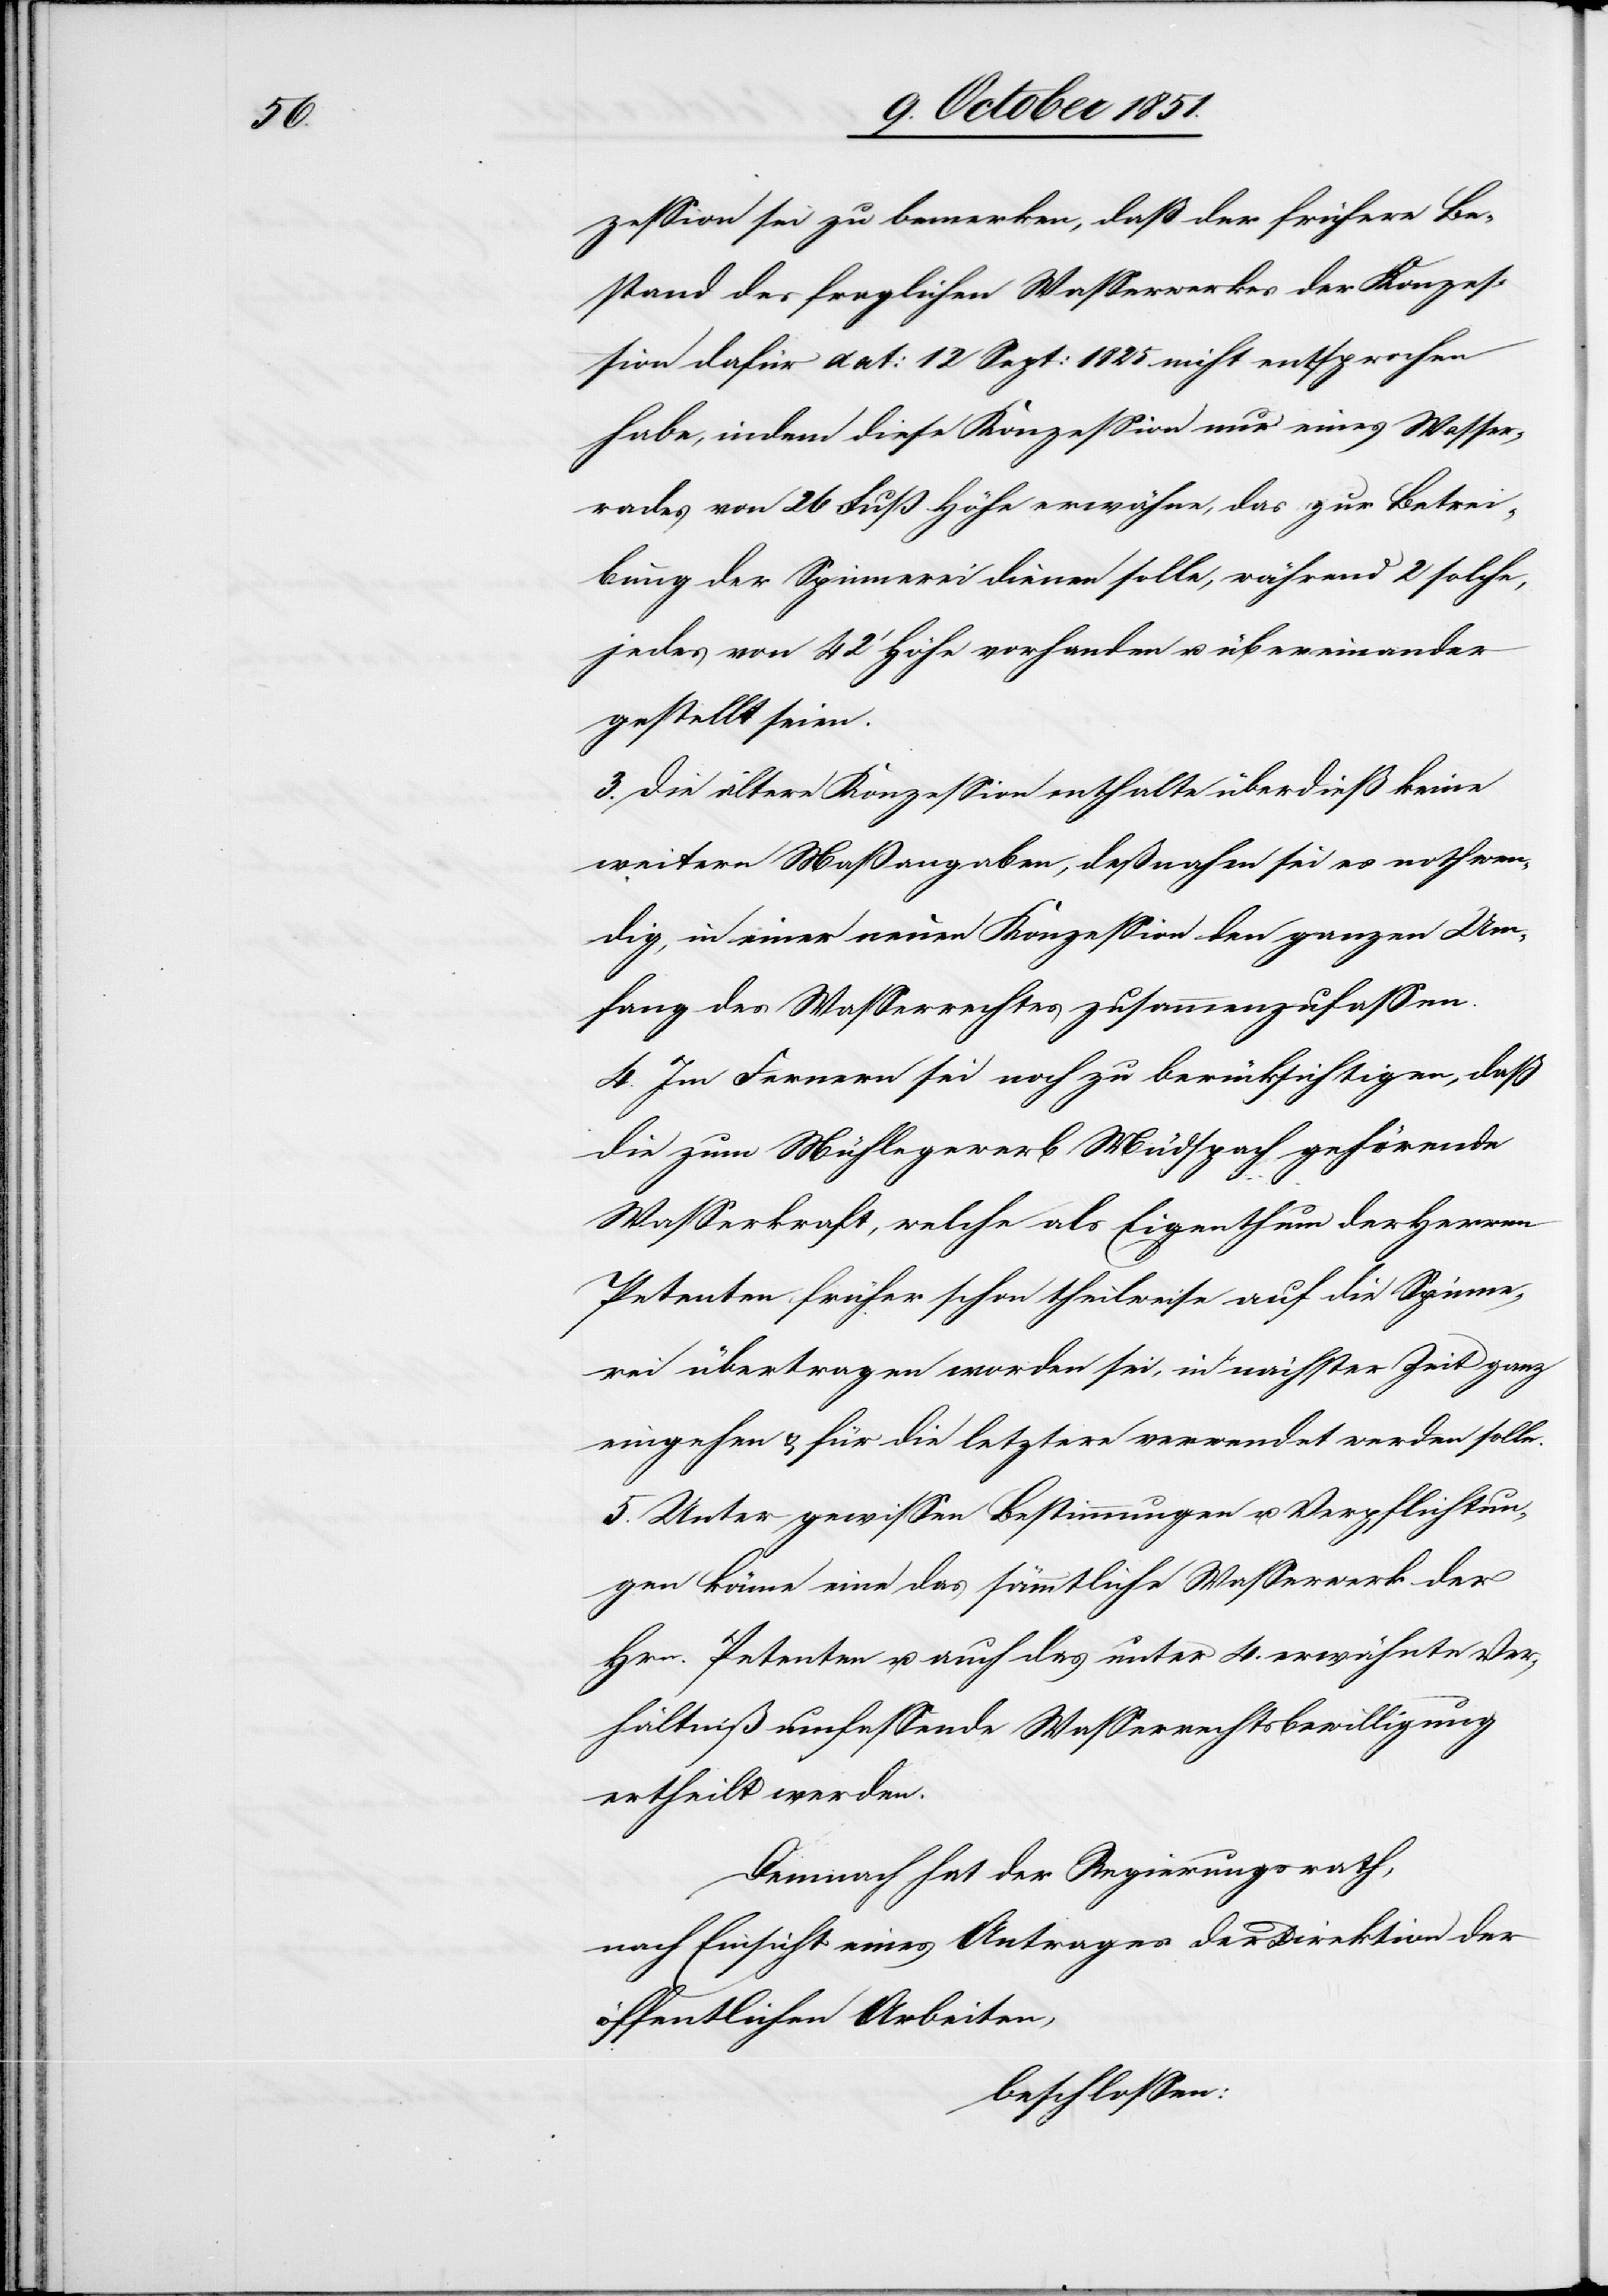
zession sei zu bemerken, daß der frühere Be¬
stand des fraglichen Wasserwerkes der Konzes¬
sion dafür dat: 12 Sept: 1825 nicht entsprochen
habe, indem diese Konzession nur eines Wasser¬
rades von 26 Fuß Höhe erwähne, das zur Betrei¬
bung der Spinnerei dienen solle, während 2 solche,
jedes von 42‘ Höhe vorhanden u. übereinander
gestellt seien.
3. Die ältere Konzession enthalte überdieß keine
weitern Maßangaben, deßnahen sei es nothwen¬
dig, in einer neuen Konzession den ganzen Um¬
fang des Wasserrechtes zusammenzufassen.
4. Im Fernern sei noch zu berücksichtigen, daß
die zum Mühlegewerb Müdspach gehörende
Wasserkraft, welche als Eigenthum der Herren
Petenten früher schon theilweise auf die Spinne¬
rei übertragen worden sei, in nächster Zeit ganz
eingehen & für die letztere verwendet werden solle.
5. Unter gewissen Bestimmungen u. Verpflichtun¬
gen könne eine das sämmtliche Wasserwerk der
Hrn. Petenten u. auch das unter 4. erwähnte Ver¬
hältniß umfassende Wasserrechtsbewilligung
ertheilt werden.
Demnach hat der Regierungsrath,
nach Einsicht eines Antrages der Direktion der
öffentlichen Arbeiten,
beschlossen: